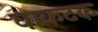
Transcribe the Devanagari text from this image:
वाकटक